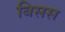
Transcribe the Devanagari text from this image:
बिसस